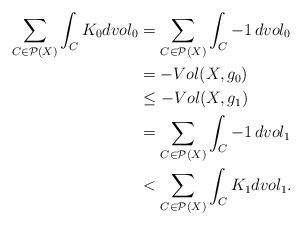
LaTeX: \begin{align*}\sum_{C\in \mathcal P(X)} \int_C K_0 dvol_0 & = \sum_{C\in \mathcal P(X)} \int_C -1 \hskip 2pt dvol_0 \\& = - Vol(X, g_0) \\& \leq - Vol(X, g_1) \\& = \sum_{C\in \mathcal P(X)} \int_C -1 \hskip 2pt dvol_1 \\& < \sum_{C\in \mathcal P(X)} \int_C K_1 dvol_1.\end{align*}